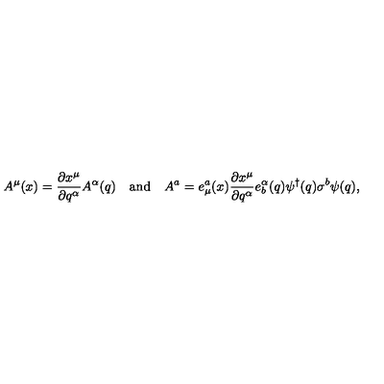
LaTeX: A ^ { \mu } ( x ) = \frac { \partial x ^ { \mu } } { \partial q ^ { \alpha } } A ^ { \alpha } ( q ) \quad \mathrm { a n d } \quad A ^ { a } = e _ { \mu } ^ { a } ( x ) \frac { \partial x ^ { \mu } } { \partial q ^ { \alpha } } e _ { b } ^ { \alpha } ( q ) \psi ^ { \dagger } ( q ) \sigma ^ { b } \psi ( q ) ,